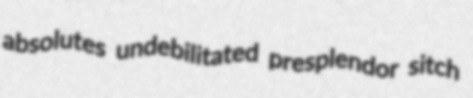
absolutes undebilitated presplendor sitch